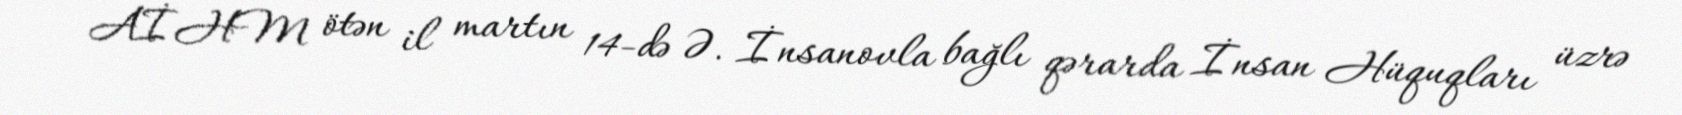
AİHM ötən il martın 14-də Ə. İnsanovla bağlı qərarda İnsan Hüquqları üzrə